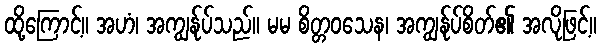
ထို့ကြောင့်။ အဟံ၊ အကျွန်ုပ်သည်။ မမ စိတ္တဝသေန၊ အကျွန်ုပ်စိတ်၏ အလိုဖြင့်။